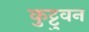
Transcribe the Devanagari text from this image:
कुट्टुवन